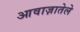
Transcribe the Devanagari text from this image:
आवाज़ातेले